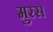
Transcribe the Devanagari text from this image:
मुरस